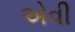
એવી